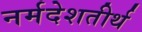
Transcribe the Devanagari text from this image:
नर्मदेशतीर्थ